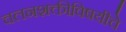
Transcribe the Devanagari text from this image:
चलनशक्तीविषयीचे